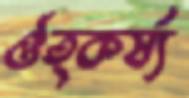
ঔত্কর্ষ্য